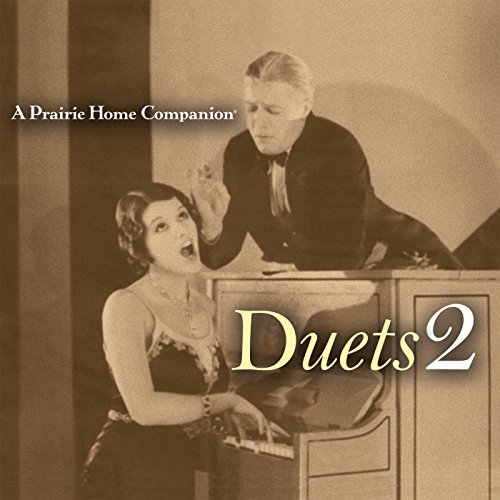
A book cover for A Prairie Home Companion: Duets 2; Garrison Keillor; Humor & Entertainment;